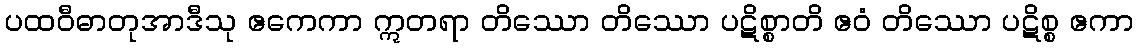
ပထဝီဓာတုအာဒီသု ဧကေကာ ဣတရာ တိဿော တိဿော ပဋိစ္စာတိ ဧဝံ တိဿော ပဋိစ္စ ဧကာ